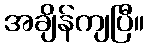
အချိန်ကျပြီ။